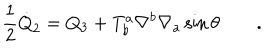
\frac { 1 } { 2 } { \dot { Q } } _ { 2 } = Q _ { 3 } + T _ { b } ^ { a } \nabla ^ { b } \nabla _ { a } \sin \theta \qquad .